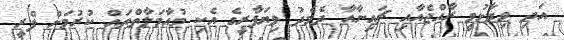
އަދި ވިދާޅުވީ ރާއްޖެއާއި ޗައިނާއާ ދެމެދު ވިޔަފާރީގެ އެކި މުއާމަލާތްތައް ކުރުމަށް ފްރީ